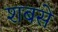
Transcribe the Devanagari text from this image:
शबसे